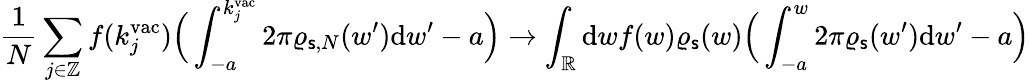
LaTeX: \frac{1}{N}\sum_{j\in\mathbb{Z}}f(k_{j}^{\mathrm{vac}})\Big(\int_{-a}^{k_{j}^{\mathrm{vac}}}2\pi\varrho_{\mathsf{s},N}(w^{\prime})\mathrm{d}w^{\prime}-a\Big)\to\int_{\mathbb{R}}\mathrm{d}wf(w)\varrho_{\mathsf{s}}(w)\Big(\int_{-a}^{w}2\pi\varrho_{\mathsf{s}}(w^{\prime})\mathrm{d}w^{\prime}-a\Big)